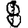
Digit: 8